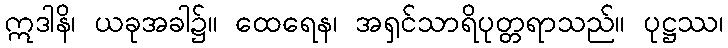
ဣဒါနိ၊ ယခုအခါ၌။ ထေရေန၊ အရှင်သာရိပုတ္တရာသည်။ ပုဋ္ဌဿ၊